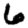
Digit: 6